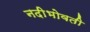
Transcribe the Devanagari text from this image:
नदीभोवती